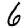
Digit: 6